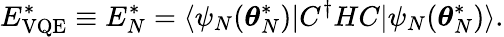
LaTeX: E_{\mathrm{VQE}}^{*}\equiv E_{N}^{*}=\langle\psi_{N}(\boldsymbol{\theta}_{N}^{*})|C^{\dagger}HC|\psi_{N}(\boldsymbol{\theta}_{N}^{*})\rangle.